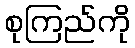
စုကြည်ကို